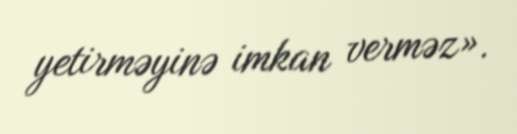
yetirməyinə imkan verməz».